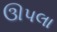
ઊપલા